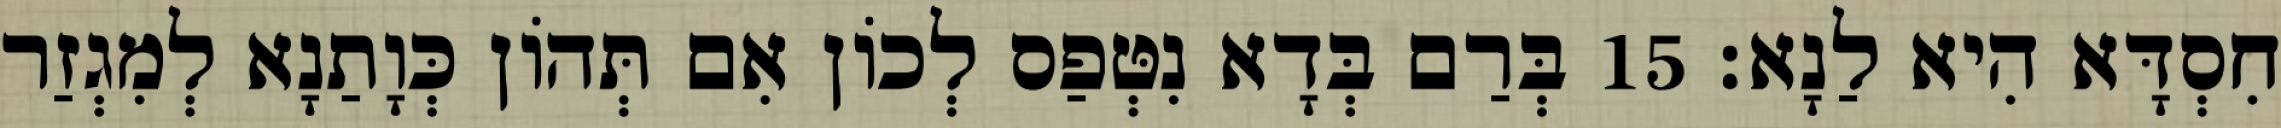
חִסְדָּא הִיא לַנָא׃ 15 בְּרַם בְּדָא נִטְּפַס לְכוֹן אִם תְּהוֹן כְּוָתַנָא לְמִגְזַר